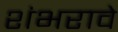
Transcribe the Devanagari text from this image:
शंभरावे